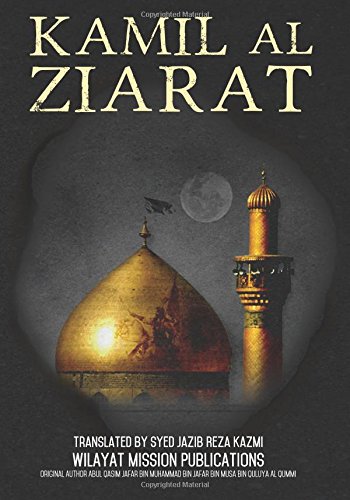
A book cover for Kamil al Ziarat; Wilayat Mission; Religion & Spirituality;